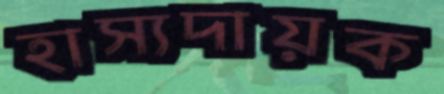
হাস্যদায়ক